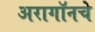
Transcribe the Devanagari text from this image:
अरागॉनचे